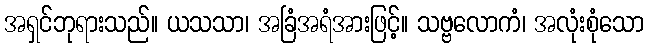
အရှင်ဘုရားသည်။ ယသသာ၊ အခြံအရံအားဖြင့်။ သဗ္ဗလောကံ၊ အလုံးစုံသော